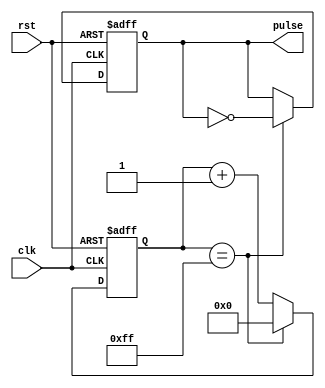
module variable_freq_pulse_generator (
    input clk,
    input rst,
    output reg pulse
);

reg [15:0] counter = 0;
reg [15:0] frequency = 8'hFF; // Default frequency of 1 Hz

always @(posedge clk or posedge rst) begin
    if (rst) begin
        counter <= 16'd0;
        pulse <= 1'b0;
    end else begin
        if (counter == frequency) begin
            pulse <= ~pulse;
            counter <= 16'd0;
        end else begin
            counter <= counter + 1;
        end
    end
end

endmodule